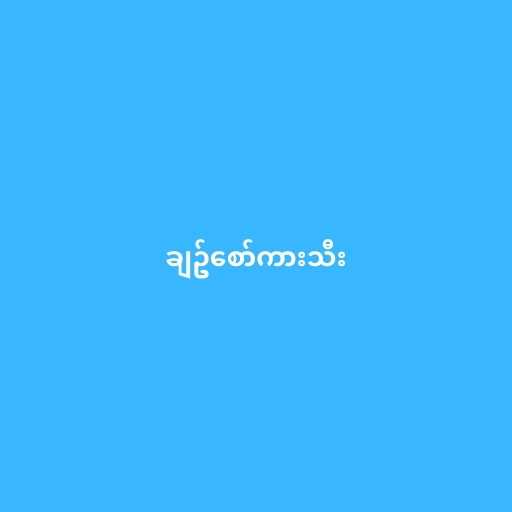
ချဥ်စော်ကားသီး